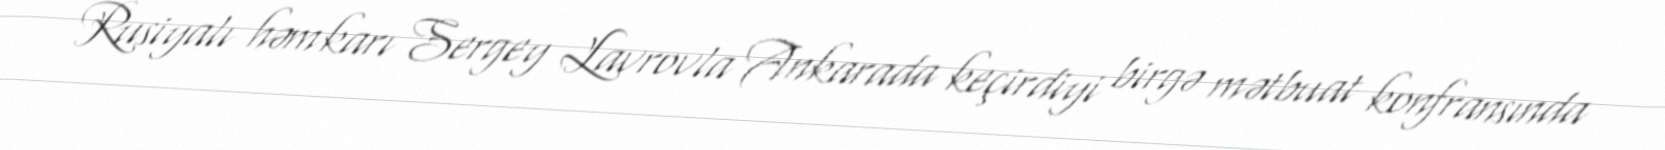
Rusiyalı həmkarı Sergey Lavrovla Ankarada keçirdiyi birgə mətbuat konfransında